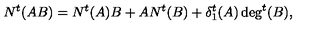
N ^ { t } ( A B ) = N ^ { t } ( A ) B + A N ^ { t } ( B ) + \delta _ { 1 } ^ { t } ( A ) \deg ^ { t } ( B ) ,